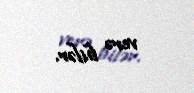
verə bilər.